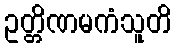
ဥတ္တိဏမကံသူတိ